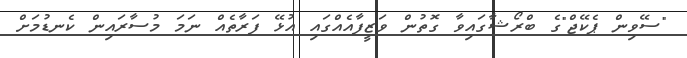
"ސޭވިން ޕެކޭޖް"ގެ ބްރޯޝާގައިވާ ގޮތުން ވަޒީފާއެއްގައި އުޅޭ ފަރާތެއް ނަމަ މުސާރައިން ކެނޑުމަށް